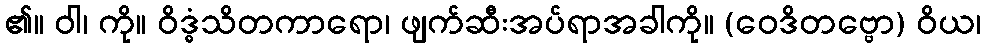
၏။ ဝါ၊ ကို။ ဝိဒ္ဓံသိတကာရော၊ ဖျက်ဆီးအပ်ရာအခါကို။ (ဝေဒိတဗ္ဗော) ဝိယ၊